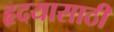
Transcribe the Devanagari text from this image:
हृदयासाठी